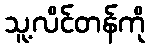
သူ့လိင်တန်ကို